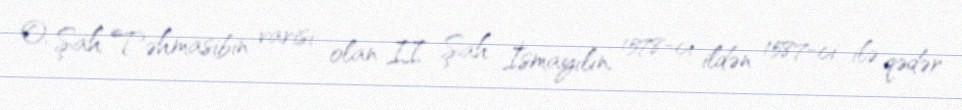
O, Şah Təhmasibin varisi olan II Şah İsmayılın, 1578-ci ildən 1587-ci ilə qədər